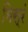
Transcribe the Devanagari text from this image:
मिस्रं